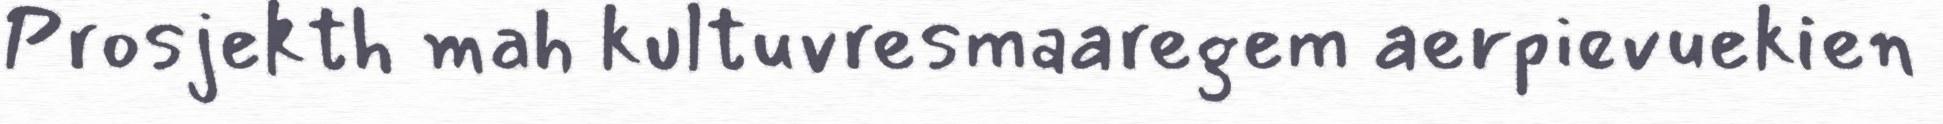
Prosjekth mah kultuvresmaaregem aerpievuekien